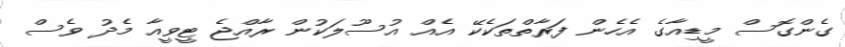
ގެންގޮސް މީޑިއާގެ އެހެން ފަރާތްތަކެކޭ އެއް އުސޫލަކުން ރާއްޖެ ޓީވީއާ މެދު ވެސް